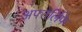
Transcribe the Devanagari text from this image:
अफ्तेर्लिफे